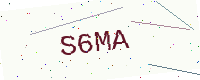
Text: S6MA